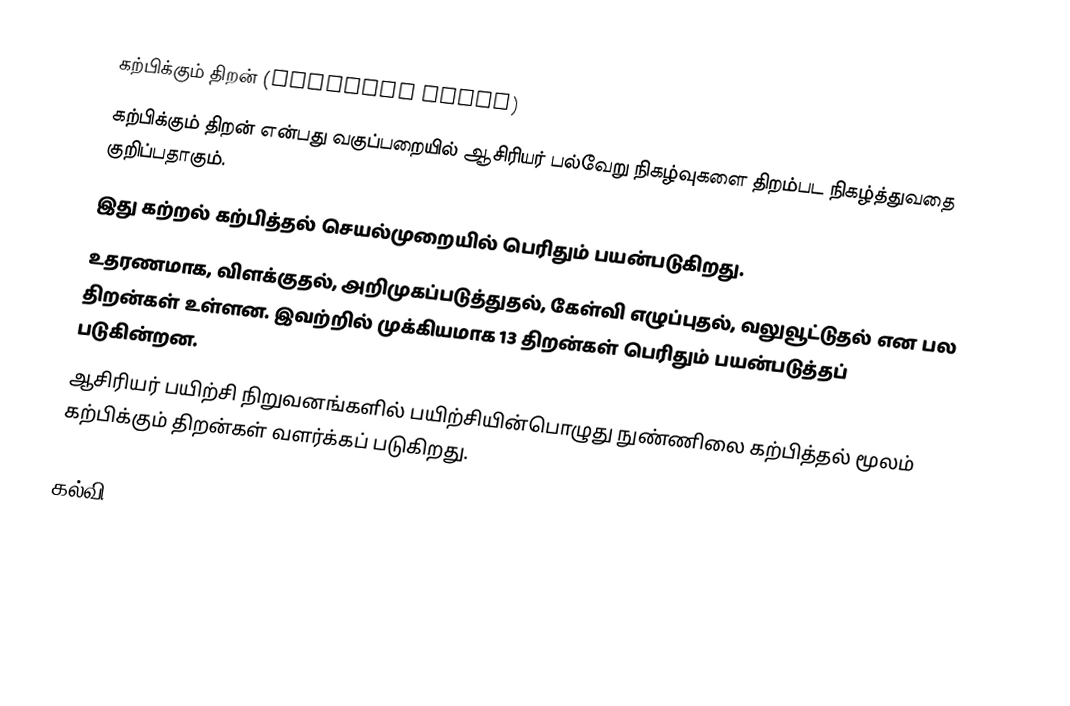
கற்பிக்கும் திறன் (Teaching Skill)
கற்பிக்கும் திறன் என்பது வகுப்பறையில் ஆசிரியர் பல்வேறு நிகழ்வுகளை திறம்பட நிகழ்த்துவதை குறிப்பதாகும்.
இது கற்றல் கற்பித்தல் செயல்முறையில் பெரிதும் பயன்படுகிறது.
உதரணமாக, விளக்குதல், அறிமுகப்படுத்துதல், கேள்வி எழுப்புதல், வலுவூட்டுதல் என பல திறன்கள் உள்ளன. இவற்றில் முக்கியமாக 13 திறன்கள் பெரிதும் பயன்படுத்தப் படுகின்றன.
ஆசிரியர் பயிற்சி நிறுவனங்களில் பயிற்சியின்பொழுது நுண்ணிலை கற்பித்தல் மூலம் கற்பிக்கும் திறன்கள் வளர்க்கப் படுகிறது.

கல்வி